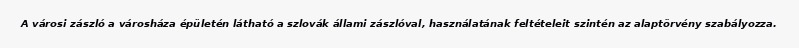
A városi zászló a városháza épületén látható a szlovák állami zászlóval, használatának feltételeit szintén az alaptörvény szabályozza.